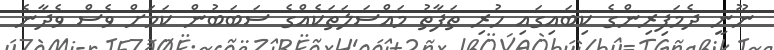
ނޫނީ ދެމަފިރިންގެ ކިބައިގައި ހުރި ތަފާތު މައްސަލަތަކެއްގެ ސަބަބުން ކަމަށް ވެސް ވެދާނެ